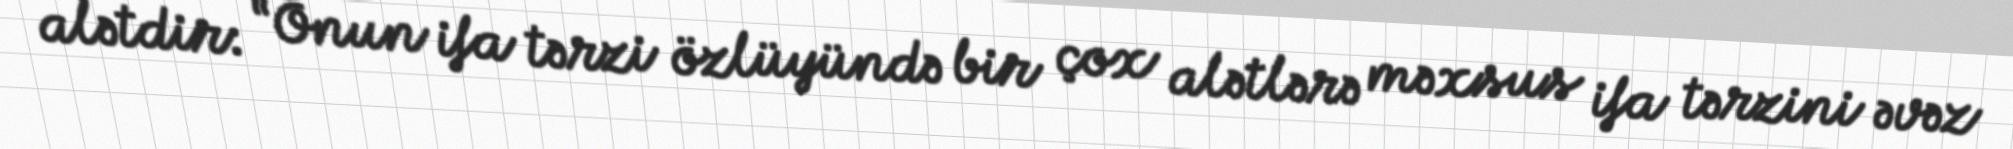
alətdir: “Onun ifa tərzi özlüyündə bir çox alətlərə məxsus ifa tərzini əvəz